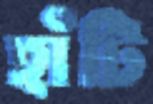
হাঁটি